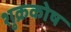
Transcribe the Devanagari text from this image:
शुक्रकोष